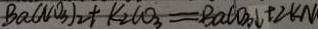
B a ( N O _ { 3 } ) _ { 2 } + K _ { 2 } C O _ { 3 } = B a C O _ { 3 } \downarrow + 2 k N